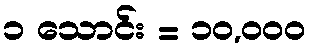
၁ သောင်း = ၁၀,၀၀၀